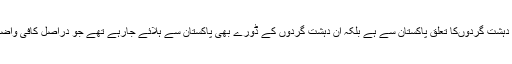
دوسرا مؤقف بھارتی حکومت کا ہے جس کے مطابق نہ صرف یہ کہ تمام کے تمام دہشت گردوں‌کا تعلق پاکستان سے ہے بلکہ ان دہشت گردوں کے ڈورے بھی پاکستان سے ہلائے جارہے تھے جو دراصل کافی واضح الفاظ میں پاکستانی کی سب سے مضبوط ایجنسی آئی ایس آئی کی طرف اشارہ ہے۔